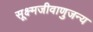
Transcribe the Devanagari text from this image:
सूक्ष्मजीवाणुजन्य